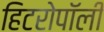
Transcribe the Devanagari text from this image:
हिटरोपॉली